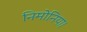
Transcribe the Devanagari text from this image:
निमोनिया।